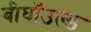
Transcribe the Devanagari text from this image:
बीघॉउल्ड